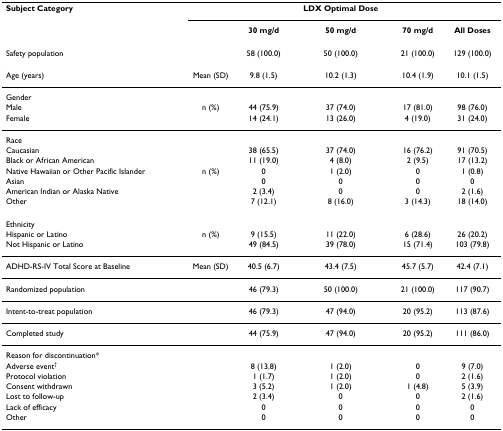
<table><thead><tr><td><b>Subject Category</b></td><td></td><td></td><td><b>LDX Optimal Dose</b></td><td></td><td></td></tr><tr><td></td><td></td><td><b>30 mg/d</b></td><td><b>50 mg/d</b></td><td><b>70 mg/d</b></td><td><b>All Doses</b></td></tr></thead><tbody><tr><td>Safety population</td><td></td><td>58 (100.0)</td><td>50 (100.0)</td><td>21 (100.0)</td><td>129 (100.0)</td></tr><tr><td>Age (years)</td><td>Mean (SD)</td><td>9.8 (1.5)</td><td>10.2 (1.3)</td><td>10.4 (1.9)</td><td>10.1 (1.5)</td></tr><tr><td>Gender</td><td></td><td></td><td></td><td></td><td></td></tr><tr><td>Male</td><td>n (%)</td><td>44 (75.9)</td><td>37 (74.0)</td><td>17 (81.0)</td><td>98 (76.0)</td></tr><tr><td>Female</td><td></td><td>14 (24.1)</td><td>13 (26.0)</td><td>4 (19.0)</td><td>31 (24.0)</td></tr><tr><td>Race</td><td></td><td></td><td></td><td></td><td></td></tr><tr><td>Caucasian</td><td></td><td>38 (65.5)</td><td>37 (74.0)</td><td>16 (76.2)</td><td>91 (70.5)</td></tr><tr><td>Black or African American</td><td></td><td>11 (19.0)</td><td>4 (8.0)</td><td>2 (9.5)</td><td>17 (13.2)</td></tr><tr><td>Native Hawaiian or Other Pacific Islander</td><td>n (%)</td><td>0</td><td>1 (2.0)</td><td>0</td><td>1 (0.8)</td></tr><tr><td>Asian</td><td></td><td>0</td><td>0</td><td>0</td><td>0</td></tr><tr><td>American Indian or Alaska Native</td><td></td><td>2 (3.4)</td><td>0</td><td>0</td><td>2 (1.6)</td></tr><tr><td>Other</td><td></td><td>7 (12.1)</td><td>8 (16.0)</td><td>3 (14.3)</td><td>18 (14.0)</td></tr><tr><td>Ethnicity</td><td></td><td></td><td></td><td></td><td></td></tr><tr><td>Hispanic or Latino</td><td>n (%)</td><td>9 (15.5)</td><td>11 (22.0)</td><td>6 (28.6)</td><td>26 (20.2)</td></tr><tr><td>Not Hispanic or Latino</td><td></td><td>49 (84.5)</td><td>39 (78.0)</td><td>15 (71.4)</td><td>103 (79.8)</td></tr><tr><td>ADHD-RS-IV Total Score at Baseline</td><td>Mean (SD)</td><td>40.5 (6.7)</td><td>43.4 (7.5)</td><td>45.7 (5.7)</td><td>42.4 (7.1)</td></tr><tr><td>Randomized population</td><td></td><td>46 (79.3)</td><td>50 (100.0)</td><td>21 (100.0)</td><td>117 (90.7)</td></tr><tr><td>Intent-to-treat population</td><td></td><td>46 (79.3)</td><td>47 (94.0)</td><td>20 (95.2)</td><td>113 (87.6)</td></tr><tr><td>Completed study</td><td></td><td>44 (75.9)</td><td>47 (94.0)</td><td>20 (95.2)</td><td>111 (86.0)</td></tr><tr><td>Reason for discontinuation*</td><td></td><td></td><td></td><td></td><td></td></tr><tr><td>Adverse event<sup>†</sup></td><td></td><td>8 (13.8)</td><td>1 (2.0)</td><td>0</td><td>9 (7.0)</td></tr><tr><td>Protocol violation</td><td></td><td>1 (1.7)</td><td>1 (2.0)</td><td>0</td><td>2 (1.6)</td></tr><tr><td>Consent withdrawn</td><td></td><td>3 (5.2)</td><td>1 (2.0)</td><td>1 (4.8)</td><td>5 (3.9)</td></tr><tr><td>Lost to follow-up</td><td></td><td>2 (3.4)</td><td>0</td><td>0</td><td>2 (1.6)</td></tr><tr><td>Lack of efficacy</td><td></td><td>0</td><td>0</td><td>0</td><td>0</td></tr><tr><td>Other</td><td></td><td>0</td><td>0</td><td>0</td><td>0</td></tr></tbody></table>